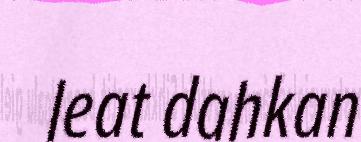
leat dahkan